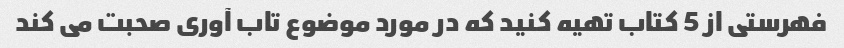
فهرستی از 5 کتاب تهیه کنید که در مورد موضوع تاب آوری صحبت می کند